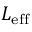
L _ { \mathrm { e f f } }